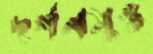
দর্শনমুগ্ধ